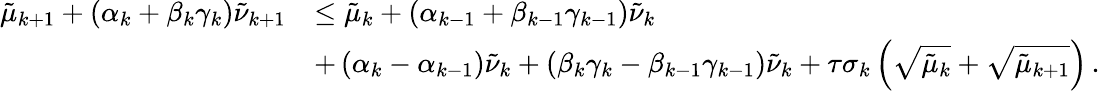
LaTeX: \begin{array}{rl}{{\tilde{\mu}}_{k+1}+\left({\alpha}_{k}+{\beta}_{k}{\gamma}_{k}\right){\tilde{\nu}}_{k+1}}&{\leq{\tilde{\mu}}_{k}+\left({\alpha}_{k-1}+{\beta}_{k-1}{\gamma}_{k-1}\right){\tilde{\nu}}_{k}}\\ &{+\left({\alpha}_{k}-{\alpha}_{k-1}\right){\tilde{\nu}}_{k}+\left({\beta}_{k}{\gamma}_{k}-{\beta}_{k-1}{\gamma}_{k-1}\right){\tilde{\nu}}_{k}+{\tau}{\sigma}_{k}\left(\sqrt{{\tilde{\mu}}_{k}}+\sqrt{{\tilde{\mu}}_{k+1}}\right)\, .}\end{array}